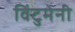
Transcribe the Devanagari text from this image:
विंटुमेनी